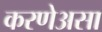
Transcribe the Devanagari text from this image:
करणेअसा